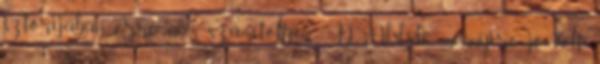
sztorijában erre nem számítottam. =D Ahh,de mennyire jó volt